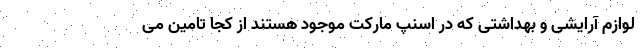
لوازم آرایشی و بهداشتی که در اسنپ مارکت موجود هستند از کجا تامین می